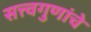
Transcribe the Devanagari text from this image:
सत्त्वगुणांचे